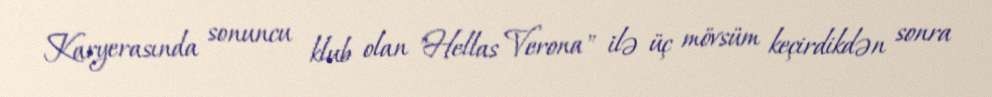
Karyerasında sonuncu klub olan "Hellas Verona" ilə üç mövsüm keçirdikdən sonra